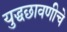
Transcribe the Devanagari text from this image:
युद्धछावणीचे